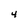
Character: 4